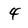
Character: 4